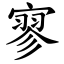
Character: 寥